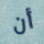
أن